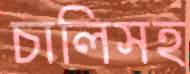
চালিসহ